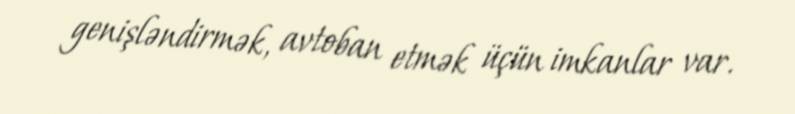
genişləndirmək, avtoban etmək üçün imkanlar var.